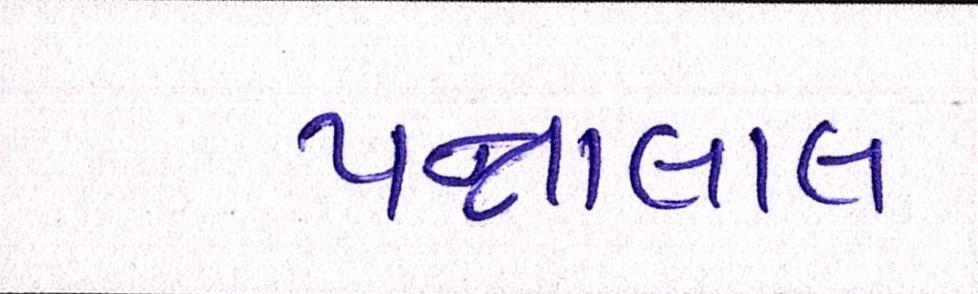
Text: પન્નાલાલ